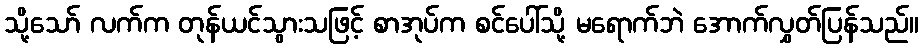
သို့သော် လက်က တုန်ယင်သွားသဖြင့် စာအုပ်က စင်ပေါ်သို့ မရောက်ဘဲ အောက်လွှတ်ပြန်သည်။